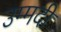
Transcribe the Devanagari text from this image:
उम्मदी